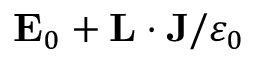
{ \bf E } _ { 0 } + { \bf L } \cdot { \bf J } / \varepsilon _ { 0 }